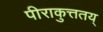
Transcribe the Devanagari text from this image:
पीराकुत्ततय्